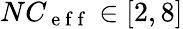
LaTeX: NC_{\mathrm{~e~f~f~}}\in[2,8]